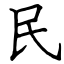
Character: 民